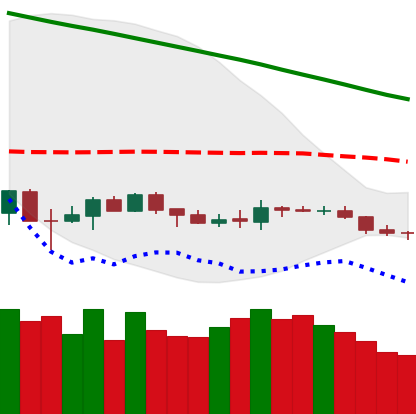
Ticker: BNB-USD
Chart end date: 2019-12-12
Forward return: -16.407%
Label: down_7plus